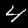
Digit: 4